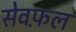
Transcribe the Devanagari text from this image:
सेवफ़ल